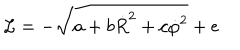
{ \cal L } = - \sqrt { a + b \dot { R } ^ { 2 } + c \dot { \varphi } ^ { 2 } } + e